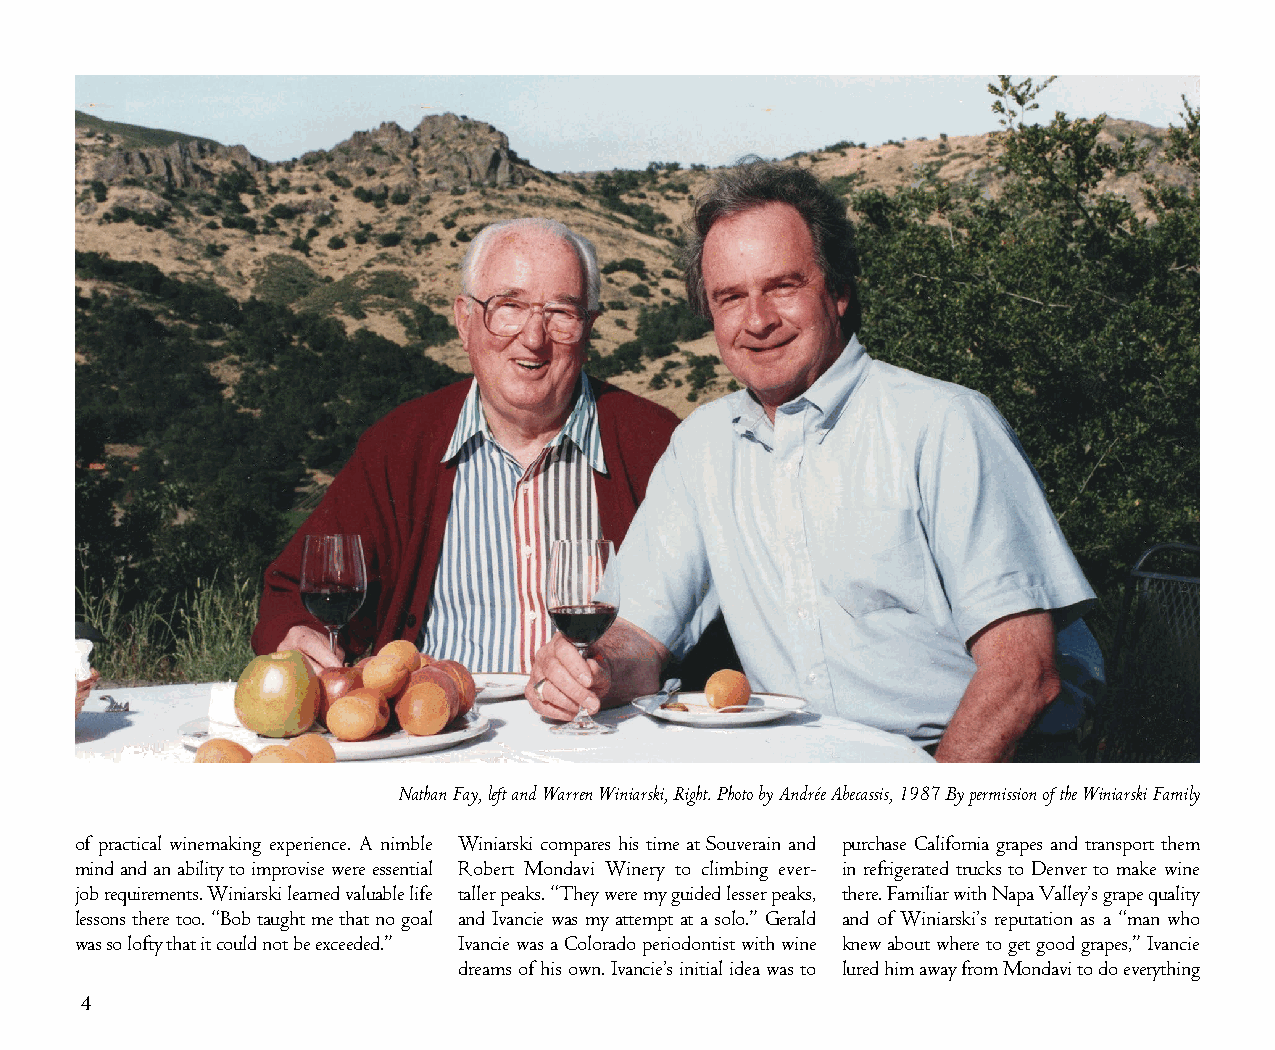
Nathan Fay, left and Warren Winiarski, Right. Photo by Andrée Abecassis, 1987 By permission of the Winiarski Family
 of practical winemaking experience. A nimble Winiarski compares his time at Souverain and purchase California grapes and transport them
 mind and an ability to improvise were essential Robert Mondavi Winery to climbing ever- in refrigerated trucks to Denver to make wine
 job requirements. Winiarski learned valuable life taller peaks. “They were my guided lesser peaks, there. Familiar with Napa Valley’s grape quality
 lessons there too. “Bob taught me that no goal and Ivancie was my attempt at a solo.” Gerald and of Winiarski’s reputation as a “man who
 was so lofty that it could not be exceeded.” Ivancie was a Colorado periodontist with wine knew about where to get good grapes,” Ivancie
 dreams of his own. Ivancie’s initial idea was to lured him away from Mondavi to do everything
 4